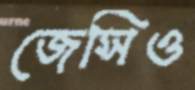
জেসিও